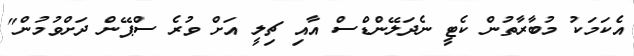
އެކަމަކު މުބާރާތުން ކެޓީ ނެދަލޭންޑްސް އާއި ޗިލީ އަށް ވުރެ ސްޕޭން ދަށްވުމުން"